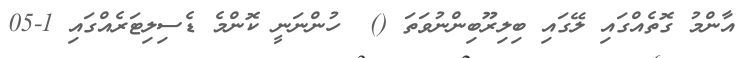
އާންމު ގޮތެއްގައި ލޭގައި ބިލިރޫބިންނުވަތަ ()  ހުންނަނީ ކޮންމެ ޑެސިލިޓަރެއްގައި 1-05